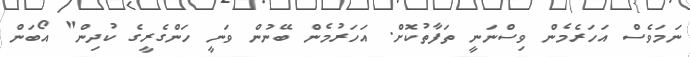
ނަމަވެސް އަހަރެމެން ވިސްނަނީ ތަފާތުކޮށް. އަހަރުމެން ބޭނުން ވަނީ ހަންގެރީގެ ކުދިން" އޯބަން